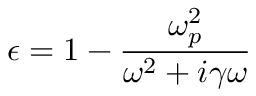
\epsilon = 1 - { \frac { \omega _ { p } ^ { 2 } } { \omega ^ { 2 } + i \gamma \omega } }